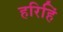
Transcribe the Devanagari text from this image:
हरिहिं